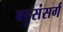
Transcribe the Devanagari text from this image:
बहुसंसर्ग